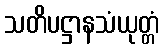
သတိပဋ္ဌာနသံယုတ္တံ